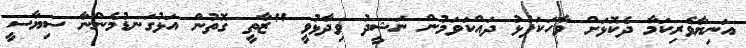
އަނިޔާވެރިކަމާ ދެކޮޅަށް ވާހަކަފުޅު ދައްކަވަމުން ނަޝީދު ވިދާޅުވީ "ޒާތީ ގޮތުން އަޅުގަނޑުމެންނާ ސިޔާސީ